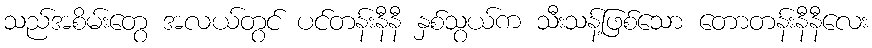
သည်အစိမ်းတွေ အလယ်တွင် ပင်တန်းနီနီ နှစ်သွယ်က သီးသန့်ဖြစ်သော တောတန်းနီနီလေး